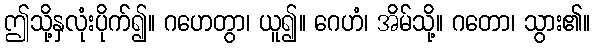
ဤသို့နှလုံးပိုက်၍။ ဂဟေတွာ၊ ယူ၍။ ဂေဟံ၊ အိမ်သို့။ ဂတော၊ သွား၏။